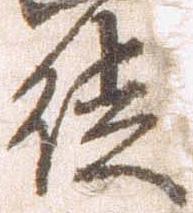
徒